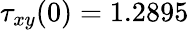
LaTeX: \tau_{xy}(0)=1.2895